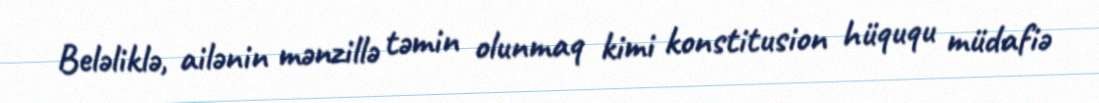
Beləliklə, ailənin mənzillə təmin olunmaq kimi konstitusion hüququ müdafiə